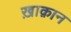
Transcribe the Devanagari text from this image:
ख़ाक़ान